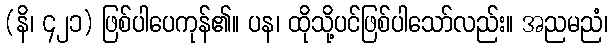
(နိ၊ ၄၂၁) ဖြစ်ပါပေကုန်၏။ ပန၊ ထိုသို့ပင်ဖြစ်ပါသော်လည်း။ အညမညံ၊